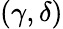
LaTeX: (\gamma,\delta)